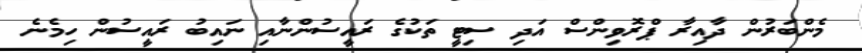
މެންބަރުން ދާއިރާ ޕްރޮވިންސް އަދި ސިޓީ ތަކުގެ ރައީސުންނާއި ނައިބު ރައީސުން ހިމެނެ